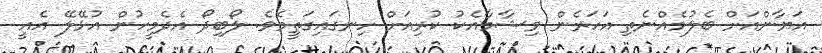
އަޔާންއަށް ބެލުމެއްނެތި އަހަރެން ވިޝާމާއެކު ކުރިއަށް ހިނގައިގަތީމެވެ. ލޯބިދޯ އެދެމީހުން އުޅޭލޭ އެއީ